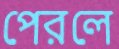
পেরলে